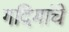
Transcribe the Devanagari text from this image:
गदिमांचे